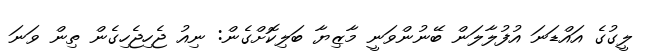
ލީގުގެ އައްޑަނަ އުފުލާލަން ބޭނުންވަނީ މާޒިޔާ ބަލިކޮށްގެން: ނިއު ޖެހިޖެހިގެން ތިން ވަނަ